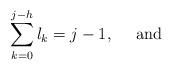
LaTeX: \begin{align*}\sum_{k=0}^{j-h} l_k = j-1, \ \ \ \ \textrm{and}\end{align*}